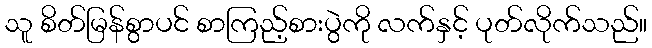
သူ စိတ်မြန်စွာပင် စာကြည့်စားပွဲကို လက်နှင့် ပုတ်လိုက်သည်။